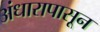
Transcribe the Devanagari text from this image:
अंधारापासून